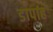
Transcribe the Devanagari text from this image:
डापाह